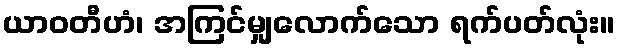
ယာဝတီဟံ၊ အကြင်မျှလောက်သော ရက်ပတ်လုံး။